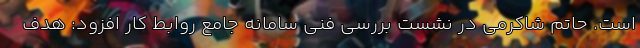
است. حاتم شاکرمی در نشست بررسی فنی سامانه جامع روابط کار افزود: هدف